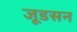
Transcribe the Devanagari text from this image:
जूडसन